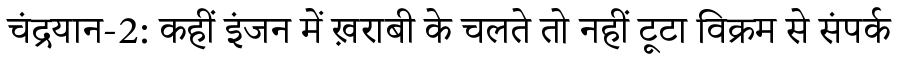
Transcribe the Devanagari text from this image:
चंद्रयान-2: कहीं इंजन में ख़राबी के चलते तो नहीं टूटा विक्रम से संपर्क